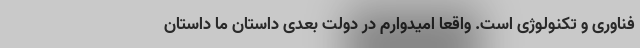
فناوری و تکنولوژی است. واقعا امیدوارم در دولت بعدی داستان ما داستان